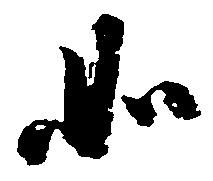
如